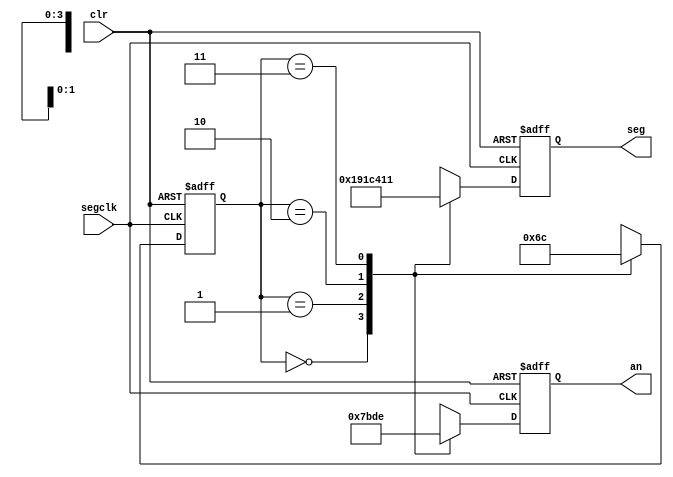
`timescale 1ns / 1ps
//////////////////////////////////////////////////////////////////////////////////
// Company: 
// Engineer: 
// 
// Design Name: 
// Module Name:    segdisplay 
// Project Name: 
// Target Devices: 
// Tool versions: 
// Description: 
//
// Dependencies: 
//
// Revision: 
// Revision 0.01 - File Created
// Additional Comments: 
//
//////////////////////////////////////////////////////////////////////////////////
module segdisplay(
	input wire segclk,		//7-segment clock
	input wire clr,			//asynchronous reset
	output reg [6:0] seg,	//7-segment display LEDs
	output reg [3:0] an		//7-segment display anode enable
	);

// constants for displaying letters on display
parameter P = 7'b0001100;
parameter L = 7'b1000111;
parameter A = 7'b0001000;
parameter Y = 7'b0010001;

// Finite State Machine (FSM) states
parameter left = 2'b00;
parameter midleft = 2'b01;
parameter midright = 2'b10;
parameter right = 2'b11;

// state register
reg [1:0] state;

// FSM which cycles though every digit of the display every 2.62ms.
// This should be fast enough to trick our eyes into seeing that
// all four digits are on display at the same time.
always @(posedge segclk or posedge clr)
begin
	// reset condition
	if (clr == 1)
	begin
		seg <= 7'b1111111;
		an <= 7'b1111;
		state <= left;
	end
	// display the character for the current position
	// and then move to the next state
	else
	begin
		case(state)
			left:
			begin
				seg <= P;
				an <= 4'b0111;
				state <= midleft;
			end
			midleft:
			begin
				seg <= L;
				an <= 4'b1011;
				state <= midright;
			end
			midright:
			begin
				seg <= A;
				an <= 4'b1101;
				state <= right;
			end
			right:
			begin
				seg <= Y;
				an <= 4'b1110;
				state <= left;
			end
		endcase
	end
end

endmodule